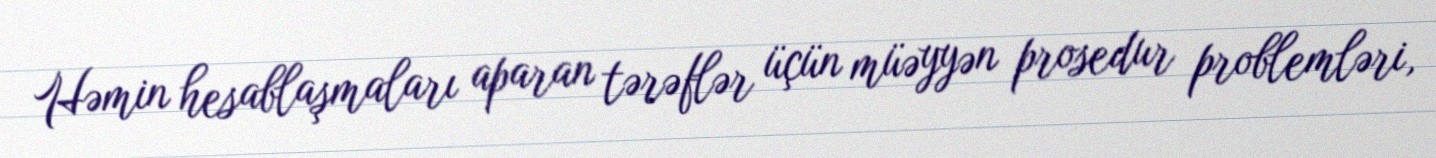
Həmin hesablaşmaları aparan tərəflər üçün müəyyən prosedur problemləri,